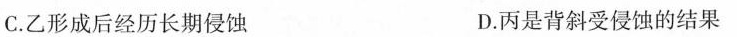
C.乙形成后经历长期侵蚀 D.丙是背斜受侵蚀的结果